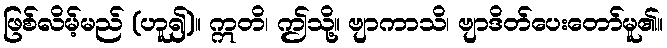
ဖြစ်လိမ့်မည် (ဟူ၍)။ ဣတိ၊ ဤသို့။ ဗျာကာသိ၊ ဗျာဒိတ်ပေးတော်မူ၏။